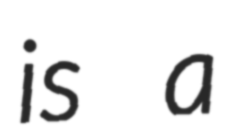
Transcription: is a